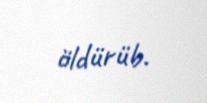
öldürüb.